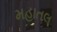
મહાતલ